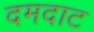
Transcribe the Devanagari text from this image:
दमदाट